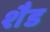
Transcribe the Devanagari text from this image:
शैड